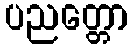
ပညတ္တော